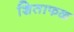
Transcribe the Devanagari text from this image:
शिताफळ